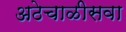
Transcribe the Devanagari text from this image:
अठेचाळीसवा